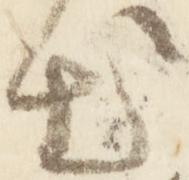
出